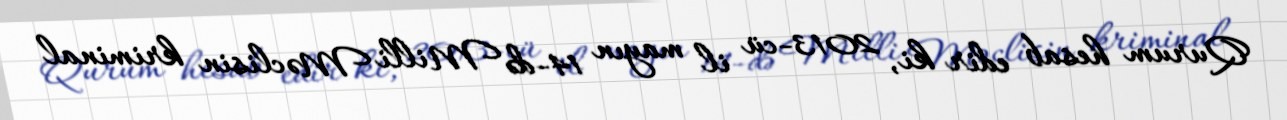
Qurum hesab edir ki, 2013-cü il mayın 14-də Milli Məclisin kriminal